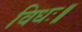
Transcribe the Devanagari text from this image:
विधः॥